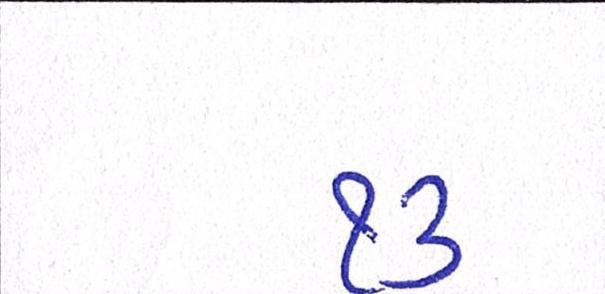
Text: ૧૩